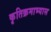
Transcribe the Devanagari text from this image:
कृतिक्रमाभ्यास